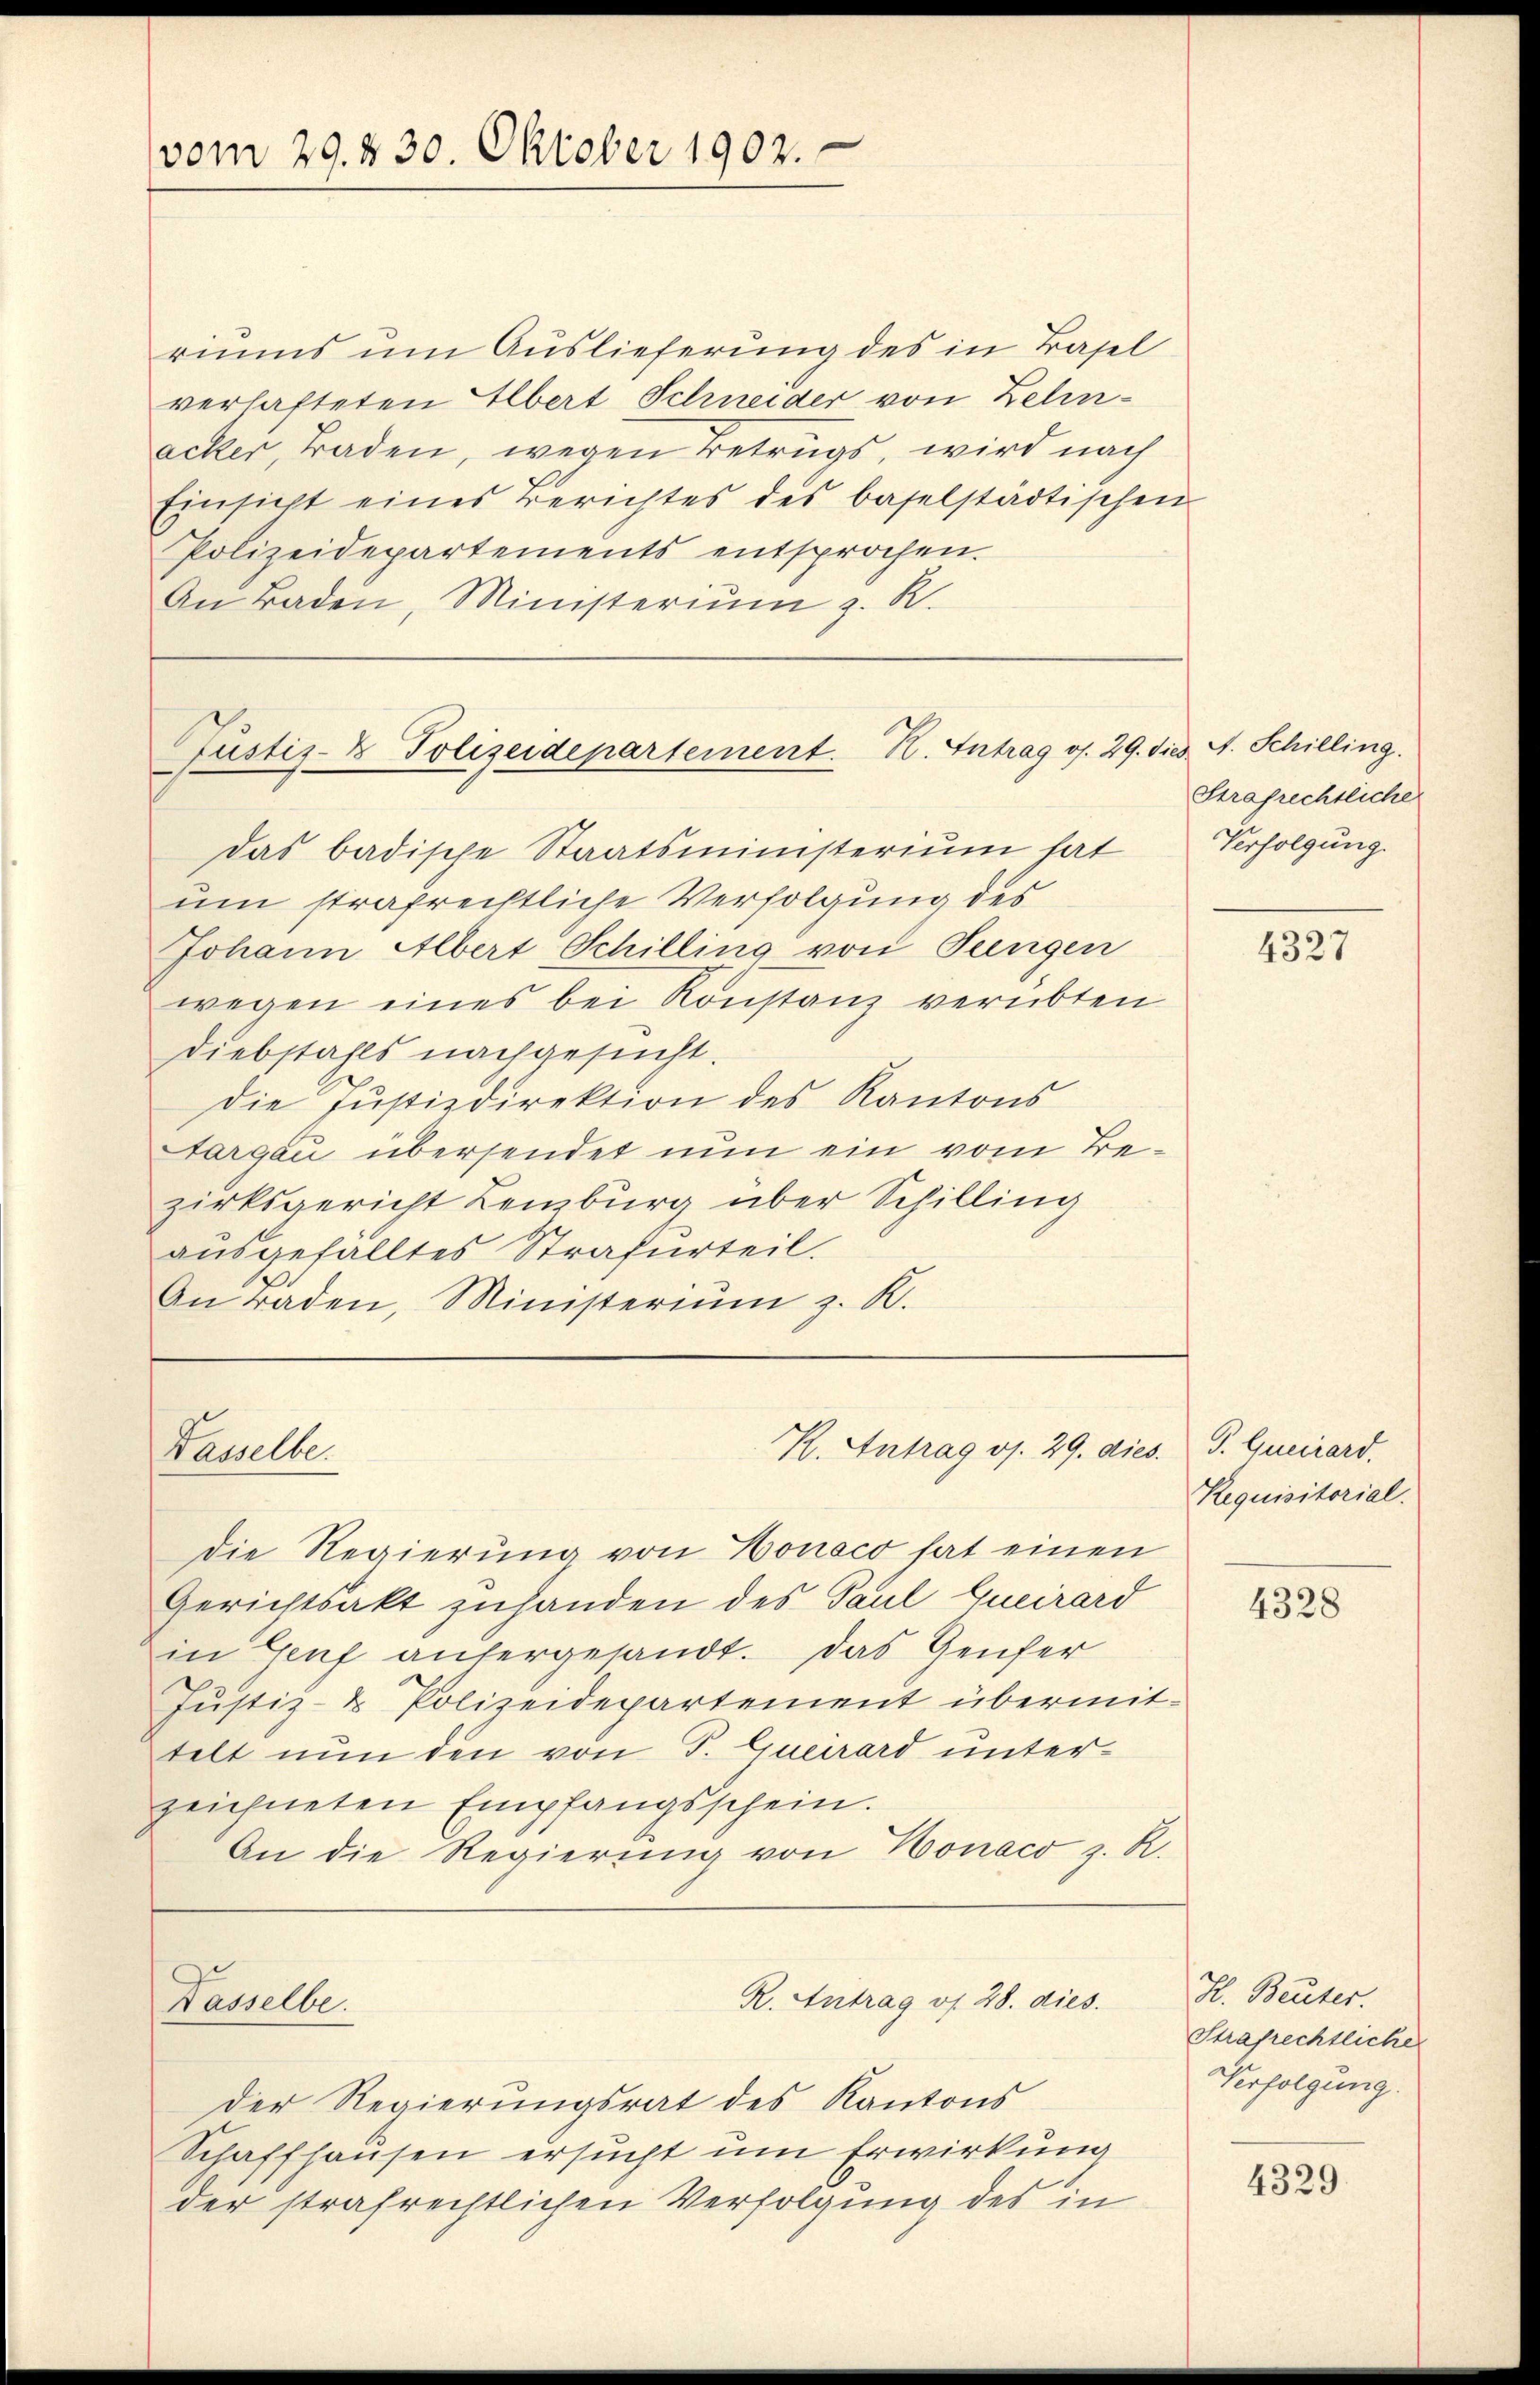
vom 29. 830. Oktober 1902.

riums um Auslieferung des in Basel
verhafteten Albert Schneider von Zelinacker, Baden, wegen Betrugs, wird nach
Einsicht eines Berichtes des baselstädtischen
Polizeidepartements entsprochen.
An Baden, Ministeriŭm z. R.

Pustiz- & Polizeidepartement. H. Antrag d. 29.

Das badische Staatsministerium hat
um strafrechtliche Verfolgung des
Johann Albert Schilling von Jungen
wegen eines bei Konstanz verübten
Diebstahls nachgesucht.
die Justizdirektion des Kantons
Targau übersendet nun ein vom Bezirksgericht Leiburg über Schilling
ausgefälltes Strafurteil.
An raden, Ministerium z. K.

Kasselbe.

Hasselbe.

K. Antrag os. 29. dies

die Regierung von Honoco hat einen
Gerichtsakt zuhanden des Paul Queirard
in Genf anhergesandt. Das Genfer
Justiz- & Polizeidepartement übermittelt nun den von P. Querard unterzeichneten Empfangsschein.
An die Regierung von Honaco z. R.

Der Regierungsrat des Kantons
Schaffhausen ersucht um Erwirkung
der strafrechtlichen Verfolgung des in

R. Antrag v. 28. dies

dies A. Schilling.
Strafrechtliche
Verfolgung.

4327

P. Queirard.
Requisitorial.

4328

H. Beuter
Strafrechtliche
Verfolgung.

4329